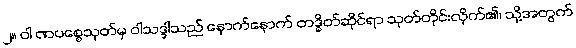
၂။ ဝါ ဏပစ္စေသုတ်မှ ဝါသဒ္ဒါသည် နောက်နောက် တဒ္ဓိတ်ဆိုင်ရာ သုတ်တိုင်းလိုက်၏၊ သို့အတွက်